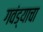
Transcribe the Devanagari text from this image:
गवंड्याचा